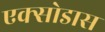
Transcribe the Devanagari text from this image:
एक्सोडास